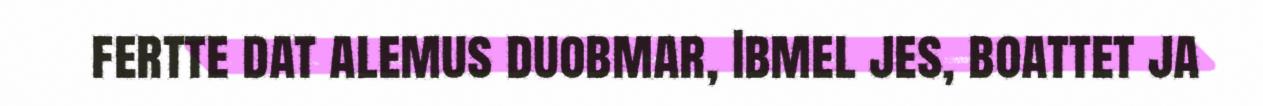
fertte dat alemus duobmar, Ibmel jes, boattet ja